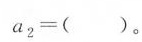
$$a _ { 2 } = ( )$$。